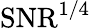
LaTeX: \mathrm{SNR}^{\mathrm 1/4}